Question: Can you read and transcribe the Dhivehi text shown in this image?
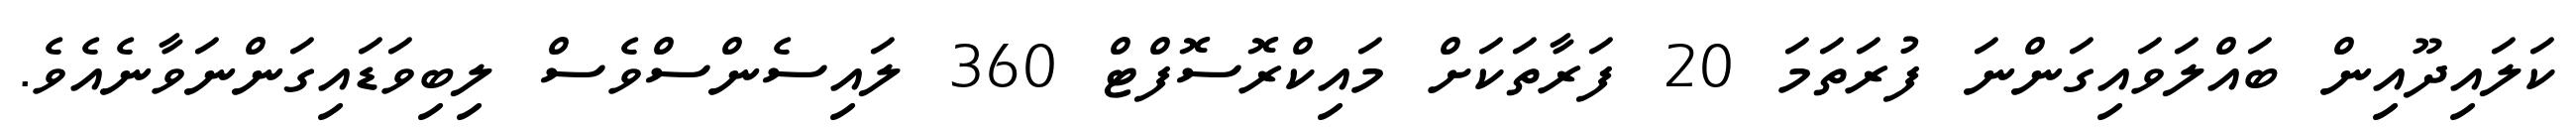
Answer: ކަލައިދޫއިން ބައްލަވައިގަންނަ ފުރަތަމަ 20 ފަރާތަކަށް މައިކްރޮސޮފްޓް 360 ލައިސެންސްވެސް ލިބިވަޑައިގަންނަވާނެއެވެ.